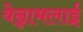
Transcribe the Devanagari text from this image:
वेन्नामलाई